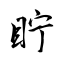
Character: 眝